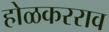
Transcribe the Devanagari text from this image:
होळकरराव